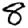
Digit: 8